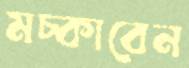
মচ্‌কাবেন